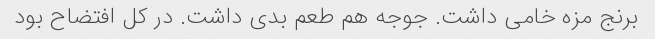
برنج مزه خامی داشت. جوجه هم طعم بدی داشت. در کل افتضاح بود